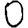
Digit: 0